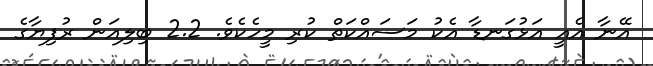
އޭނާ އެއީ އަޅުގަނޑާ އެކު މަސައްކަތް ކުރި މީހެކެވެ. 2.2 ބިލިއަން ރުފިޔާގެ